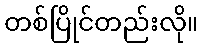
တစ်ပြိုင်တည်းလို။